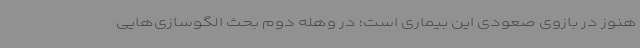
هنوز در بازوی صعودی این بیماری است؛ در وهله دوم بحث الگوسازی‌هایی